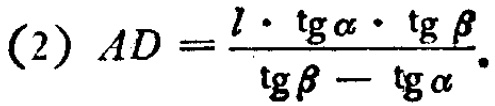
(2) \(AD = \frac{l\cdot \operatorname{tg}\alpha\cdot \operatorname{tg}\beta}{\operatorname{tg}\beta - \operatorname{tg}\alpha}\)